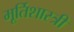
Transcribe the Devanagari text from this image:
मूर्तिशास्त्री